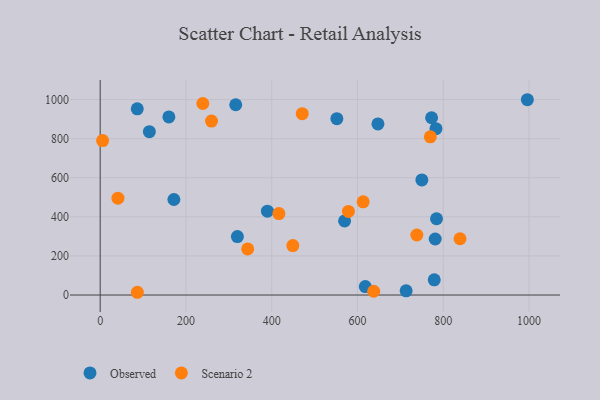
{"axis": {"x": "Ad Spend", "y": "Fuel Efficiency"}, "legend": ["Observed", "Scenario 2"], "data": [{"x": "86.5", "y": 952.5, "type": "Observed"}, {"x": "316.1", "y": 973.5, "type": "Observed"}, {"x": "783.1", "y": 851.2, "type": "Observed"}, {"x": "320.0", "y": 298.9, "type": "Observed"}, {"x": "390.1", "y": 429.1, "type": "Observed"}, {"x": "570.0", "y": 379.1, "type": "Observed"}, {"x": "160.2", "y": 911.0, "type": "Observed"}, {"x": "750.2", "y": 588.6, "type": "Observed"}, {"x": "713.5", "y": 21.3, "type": "Observed"}, {"x": "772.9", "y": 907.0, "type": "Observed"}, {"x": "618.3", "y": 43.4, "type": "Observed"}, {"x": "779.1", "y": 77.8, "type": "Observed"}, {"x": "996.3", "y": 999.1, "type": "Observed"}, {"x": "784.4", "y": 390.2, "type": "Observed"}, {"x": "114.7", "y": 835.5, "type": "Observed"}, {"x": "781.3", "y": 286.6, "type": "Observed"}, {"x": "171.9", "y": 488.7, "type": "Observed"}, {"x": "552.0", "y": 902.3, "type": "Observed"}, {"x": "647.8", "y": 875.3, "type": "Observed"}, {"x": "449.3", "y": 253.0, "type": "Scenario 2"}, {"x": "86.7", "y": 14.1, "type": "Scenario 2"}, {"x": "769.9", "y": 809.2, "type": "Scenario 2"}, {"x": "239.4", "y": 979.7, "type": "Scenario 2"}, {"x": "5.7", "y": 790.0, "type": "Scenario 2"}, {"x": "613.3", "y": 476.9, "type": "Scenario 2"}, {"x": "259.6", "y": 889.8, "type": "Scenario 2"}, {"x": "637.9", "y": 19.4, "type": "Scenario 2"}, {"x": "579.0", "y": 427.7, "type": "Scenario 2"}, {"x": "471.2", "y": 927.9, "type": "Scenario 2"}, {"x": "738.5", "y": 307.2, "type": "Scenario 2"}, {"x": "41.4", "y": 495.5, "type": "Scenario 2"}, {"x": "839.2", "y": 287.9, "type": "Scenario 2"}, {"x": "416.8", "y": 416.5, "type": "Scenario 2"}, {"x": "344.0", "y": 235.9, "type": "Scenario 2"}]}